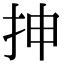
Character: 抻